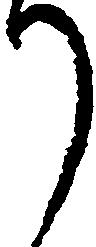
り